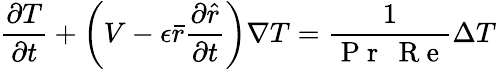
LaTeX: \frac{\partial T}{\partial t}+\left(V-\epsilon\bar{r}\frac{\partial\hat{r}}{\partial t}\right)\nabla T=\frac{1}{\mathrm{~P~r~}\: \mathrm{~R~e~}}\Delta T